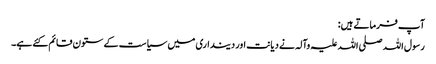
آپ فرماتے ہیں:
رسول اللہ صلی اللہ علیہ وآلہ نے دیانت اور دینداری میں سیاست کے ستون قائم کئے ہے۔